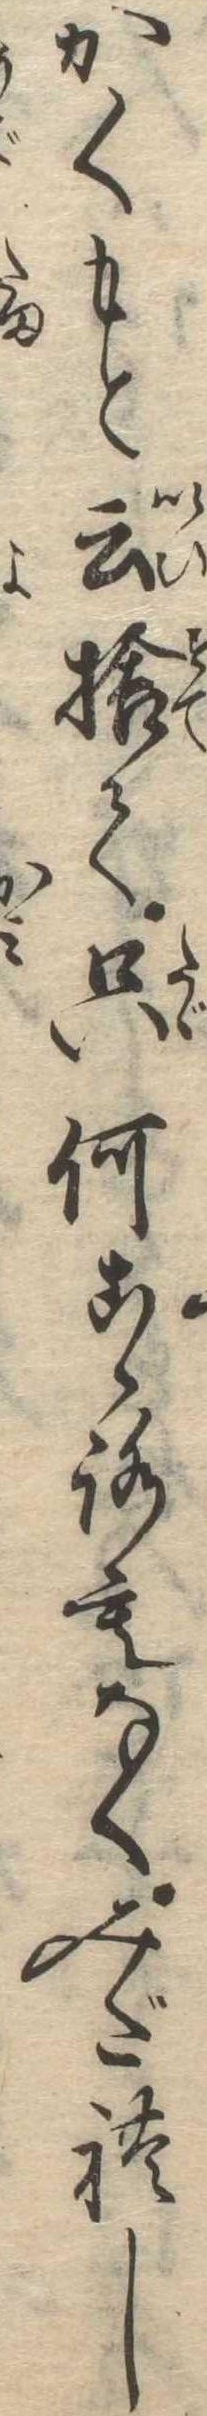
かくもと云捨て只何こゝろもなくみだれし